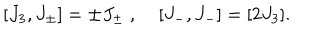
[ J _ { 3 } , J _ { \pm } ] = \pm J _ { \pm } \; , \; [ J _ { - } , J _ { - } ] = [ 2 J _ { 3 } ] .